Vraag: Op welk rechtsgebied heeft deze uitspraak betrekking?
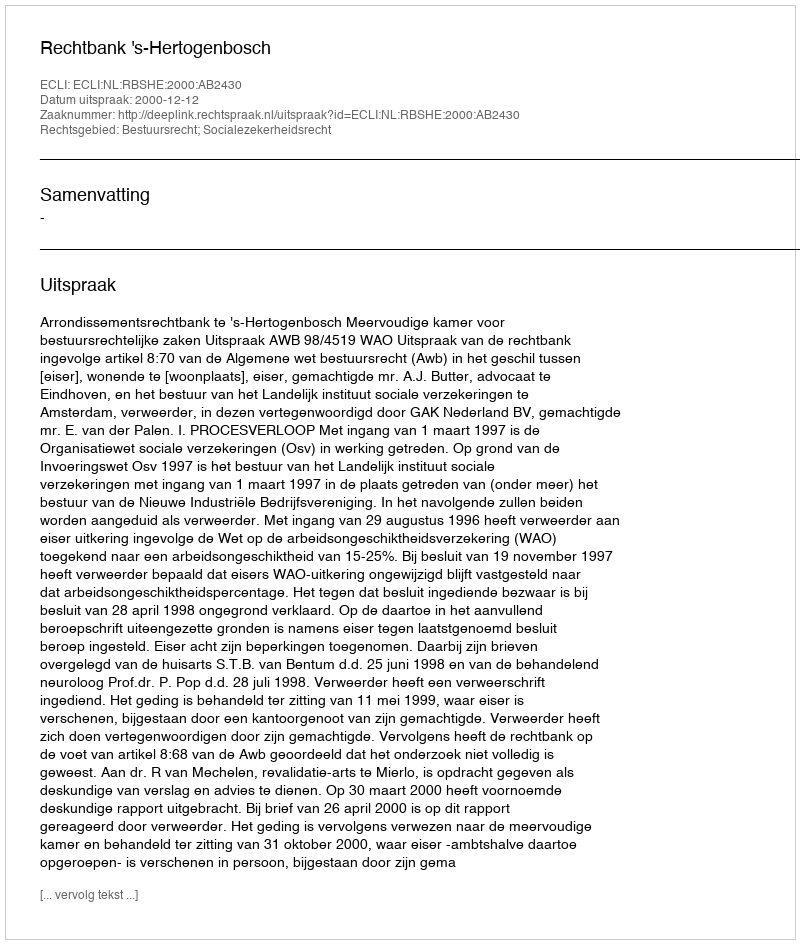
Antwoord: Bestuursrecht; Socialezekerheidsrecht